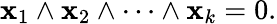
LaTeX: \mathbf{x}_{1}\wedge\mathbf{x}_{2}\wedge\cdots\wedge\mathbf{x}_{k}=0.